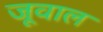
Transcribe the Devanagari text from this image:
जूवाल